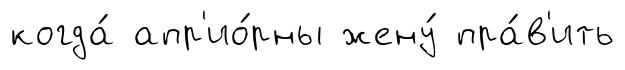
когда́ апр'ио́рны жену́ пра́в'ить